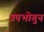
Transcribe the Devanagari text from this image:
उपभोगुन